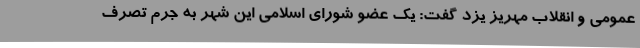
عمومی و انقلاب مهریز یزد گفت: یک عضو شورای اسلامی این شهر به جرم تصرف